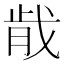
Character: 𫻴